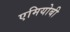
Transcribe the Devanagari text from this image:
एमियोबी